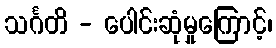
သင်္ဂတိ - ပေါင်းဆုံမှုကြောင့်၊